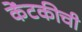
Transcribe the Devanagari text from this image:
केंटकीची